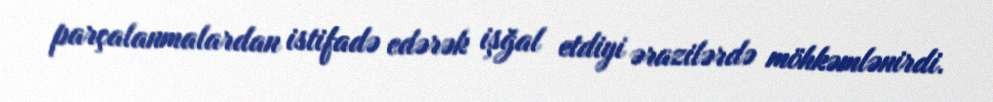
parçalanmalardan istifadə edərək işğal etdiyi ərazilərdə möhkəmlənirdi.